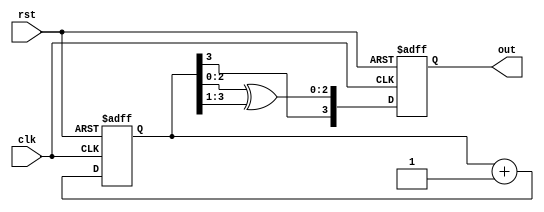
module binary_to_grey #(parameter N = 4)(
    clk, rst, out
);

input clk;
input rst;
output [N-1:0] out;

reg [N-1:0] q;

always@(posedge clk or posedge rst) begin
    if(rst) begin
        q<=0;
        out<=0;
    end
    else begin
       q <= q+1;
       out <= {q[N-1], q[N-2:0] ^ q[N-1:1]};
    end
end
endmodule